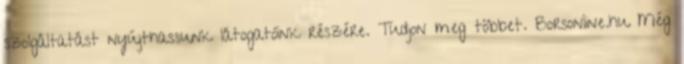
szolgáltatást nyújthassunk látogatóink részére. Tudjon meg többet. Borsonline.hu Még